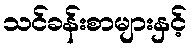
သင်ခန်းစာများနှင့်